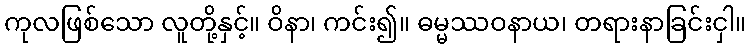
ကုလဖြစ်သော လူတို့နှင့်။ ဝိနာ၊ ကင်း၍။ ဓမ္မဿဝနာယ၊ တရားနာခြင်းငှါ။